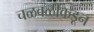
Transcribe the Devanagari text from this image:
चळवळींकडून